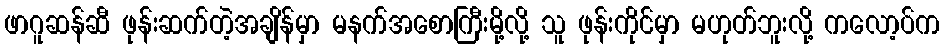
ဖာဂူဆန်ဆီ ဖုန်းဆက်တဲ့အချိန်မှာ မနက်အစောကြီးမို့လို့ သူ ဖုန်းကိုင်မှာ မဟုတ်ဘူးလို့ ကလော့ပ်က